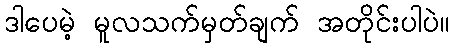
ဒါပေမဲ့ မူလသက်မှတ်ချက် အတိုင်းပါပဲ။